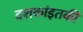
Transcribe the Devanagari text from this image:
दशकांइतकी